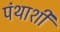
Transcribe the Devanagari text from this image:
पंथाशी